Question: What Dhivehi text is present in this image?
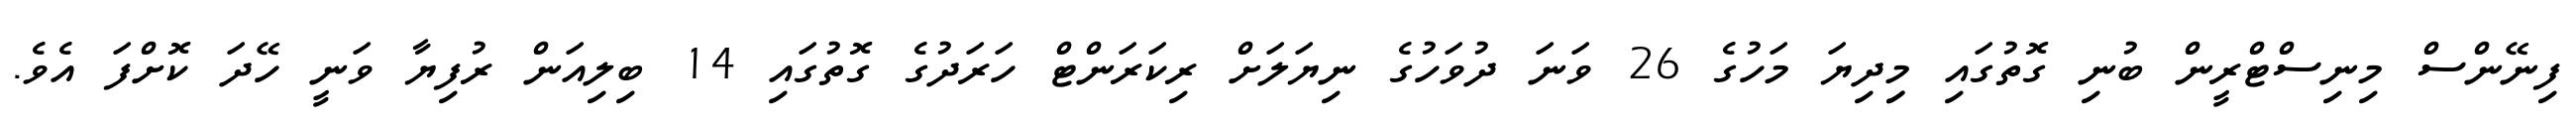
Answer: ފިނޭންސް މިނިސްޓްރީން ބުނި ގޮތުގައި މިިދިޔަ މަހުގެ 26 ވަނަ ދުވަހުގެ ނިޔަލަށް ރިކަރަންޓް ހަރަދުގެ ގޮތުގައި 14 ބިލިއަން ރުފިޔާ ވަނީ ހޭދަ ކޮށްފަ އެވެ.